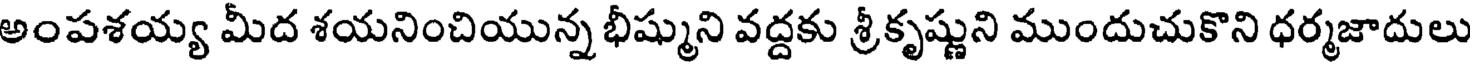
అంపశయ్య మీద శయనించియున్న భీష్ముని వద్దకు శ్రీకృష్ణుని ముందుచుకొని ధర్మజాదులు